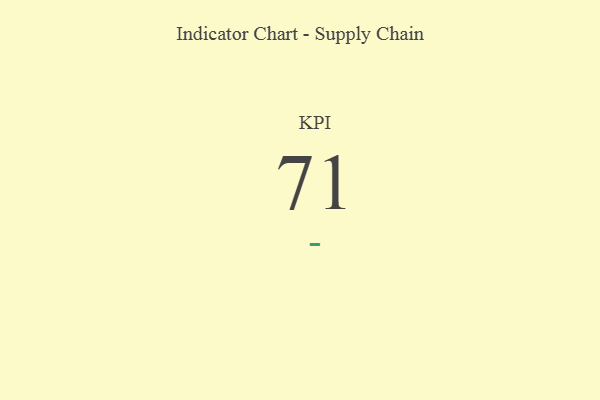
{"axis": {"x": "KPI", "y": "Value"}, "legend": [""], "data": [{"x": "KPI", "y": 71, "type": ""}]}